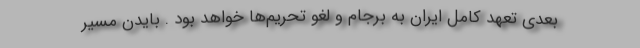
بعدی تعهد کامل ایران به برجام و لغو تحریم‌ها خواهد بود . بایدن ‌مسیر